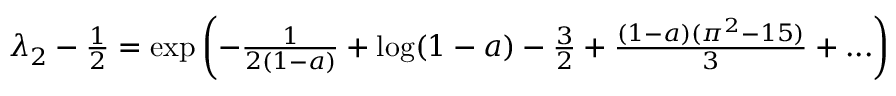
\begin{array} { r } { \lambda _ { 2 } - \frac { 1 } { 2 } = \exp \left( - \frac { 1 } { 2 ( 1 - a ) } + \log ( 1 - a ) - \frac { 3 } { 2 } + \frac { ( 1 - a ) ( \pi ^ { 2 } - 1 5 ) } { 3 } + . . . \right) } \end{array}